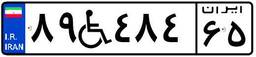
۸۹W۴۸۴۶۵